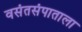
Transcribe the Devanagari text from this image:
वसंतसंपाताला